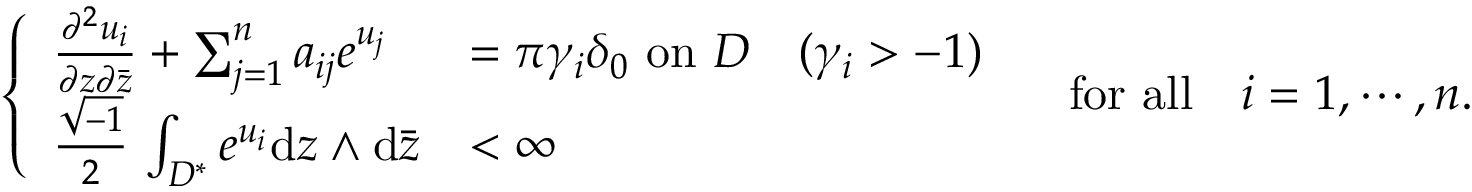
\left\{ \begin{array} { l l } { \frac { \partial ^ { 2 } u _ { i } } { \partial z \partial \bar { z } } + \sum _ { j = 1 } ^ { n } a _ { i j } e ^ { u _ { j } } } & { = \pi \gamma _ { i } \delta _ { 0 } \, \, \mathrm { o n } \, \, D \quad ( \gamma _ { i } > - 1 ) } \\ { \frac { \sqrt { - 1 } } { 2 } \, \int _ { D ^ { * } } e ^ { u _ { i } } \mathrm { d } z \wedge \mathrm { d } \bar { z } } & { < \infty } \end{array} \right. \quad \mathrm { f o r ~ a l l } \quad i = 1 , \cdots , n .